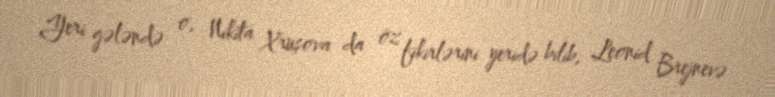
Yeri gələndə o, Nikita Xruşova da öz fikirlərini yeridə bilib, Leonid Brejnevə